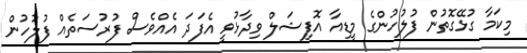
މިކަމާ ގުޅޭގޮތުން ފުލުހުންގެ މީޑިއާ އޮފިޝަލް ވިދާޅުވީ އެފަދަ އެއްވެސް ފުރުސަތެއް ފުލުހުން